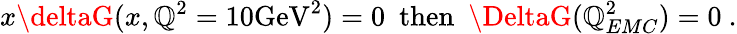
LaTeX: x\deltaG(x,\mathbb{Q}^{2}=10\mathrm{{GeV}}^{2})=0~~\mathrm{{then}}~~\DeltaG(\mathbb{Q}_{EMC}^{2})=0~.